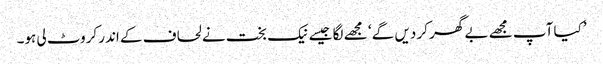
’کیا آپ مجھے بے گھر کر دیں گے ‘ مجھے لگا جیسے نیک بخت نے لحاف کے اندر کروٹ لی ہو۔